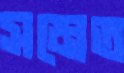
সমেত